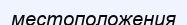
местоположения